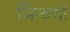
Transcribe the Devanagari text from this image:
जिन्क्यो